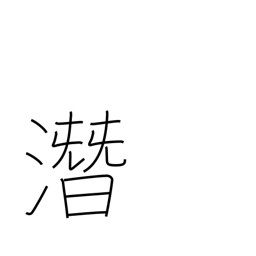
Meaning: hush